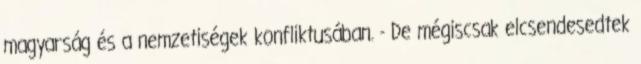
magyarság és a nemzetiségek konfliktusában. - De mégiscsak elcsendesedtek